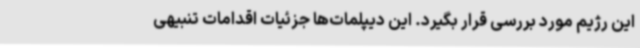
این رژیم مورد بررسی قرار بگیرد. این دیپلمات‌ها جزئیات اقدامات تنبیهی